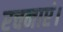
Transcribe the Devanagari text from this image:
रचनाएं।